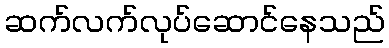
ဆက်လက်လုပ်ဆောင်နေသည်